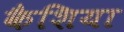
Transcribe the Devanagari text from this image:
कैशिया